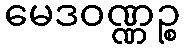
မေဒဝဏ္ဏဉ္စ